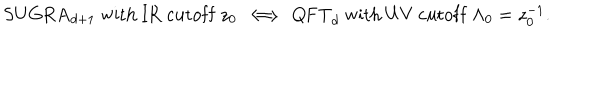
\mathrm { S U G R A } _ { d + 1 } ~ \mathrm { w i t h ~ I R ~ c u t o f f } ~ z _ { 0 } ~ \Longleftrightarrow ~ \mathrm { Q F T } _ { d } ~ \mathrm { w i t h ~ U V ~ c u t o f f } ~ \Lambda _ { 0 } = z _ { 0 } ^ { - 1 } .